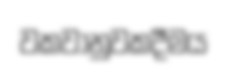
වකවානුවකදීමය